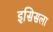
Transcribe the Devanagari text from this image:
इसिसला